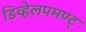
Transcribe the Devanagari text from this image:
डिव्हेलपमण्ट्